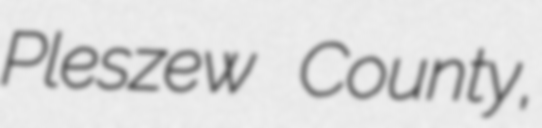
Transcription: Pleszew County,